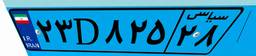
۰۹D۷۰۵۷۱